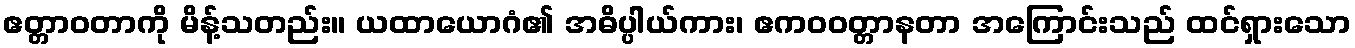
ဧတ္တာဝတာကို မိန့်သတည်း။ ယထာယောဂံ၏ အဓိပ္ပါယ်ကား၊ ဧကဝဝတ္တာနတာ အကြောင်းသည် ထင်ရှားသော